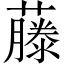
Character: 藤